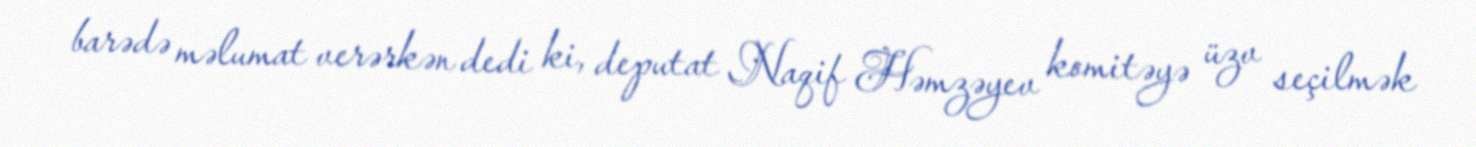
barədə məlumat verərkən dedi ki, deputat Naqif Həmzəyev komitəyə üzv seçilmək